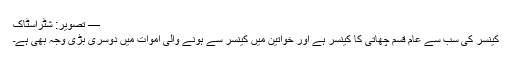
— تصویر: شٹراسٹاک
کینسر کی سب سے عام قسم چھاتی کا کینسر ہے اور خواتین میں کینسر سے ہونے والی اموات میں دوسری بڑی وجہ بھی ہے۔